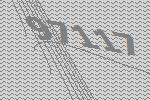
97117